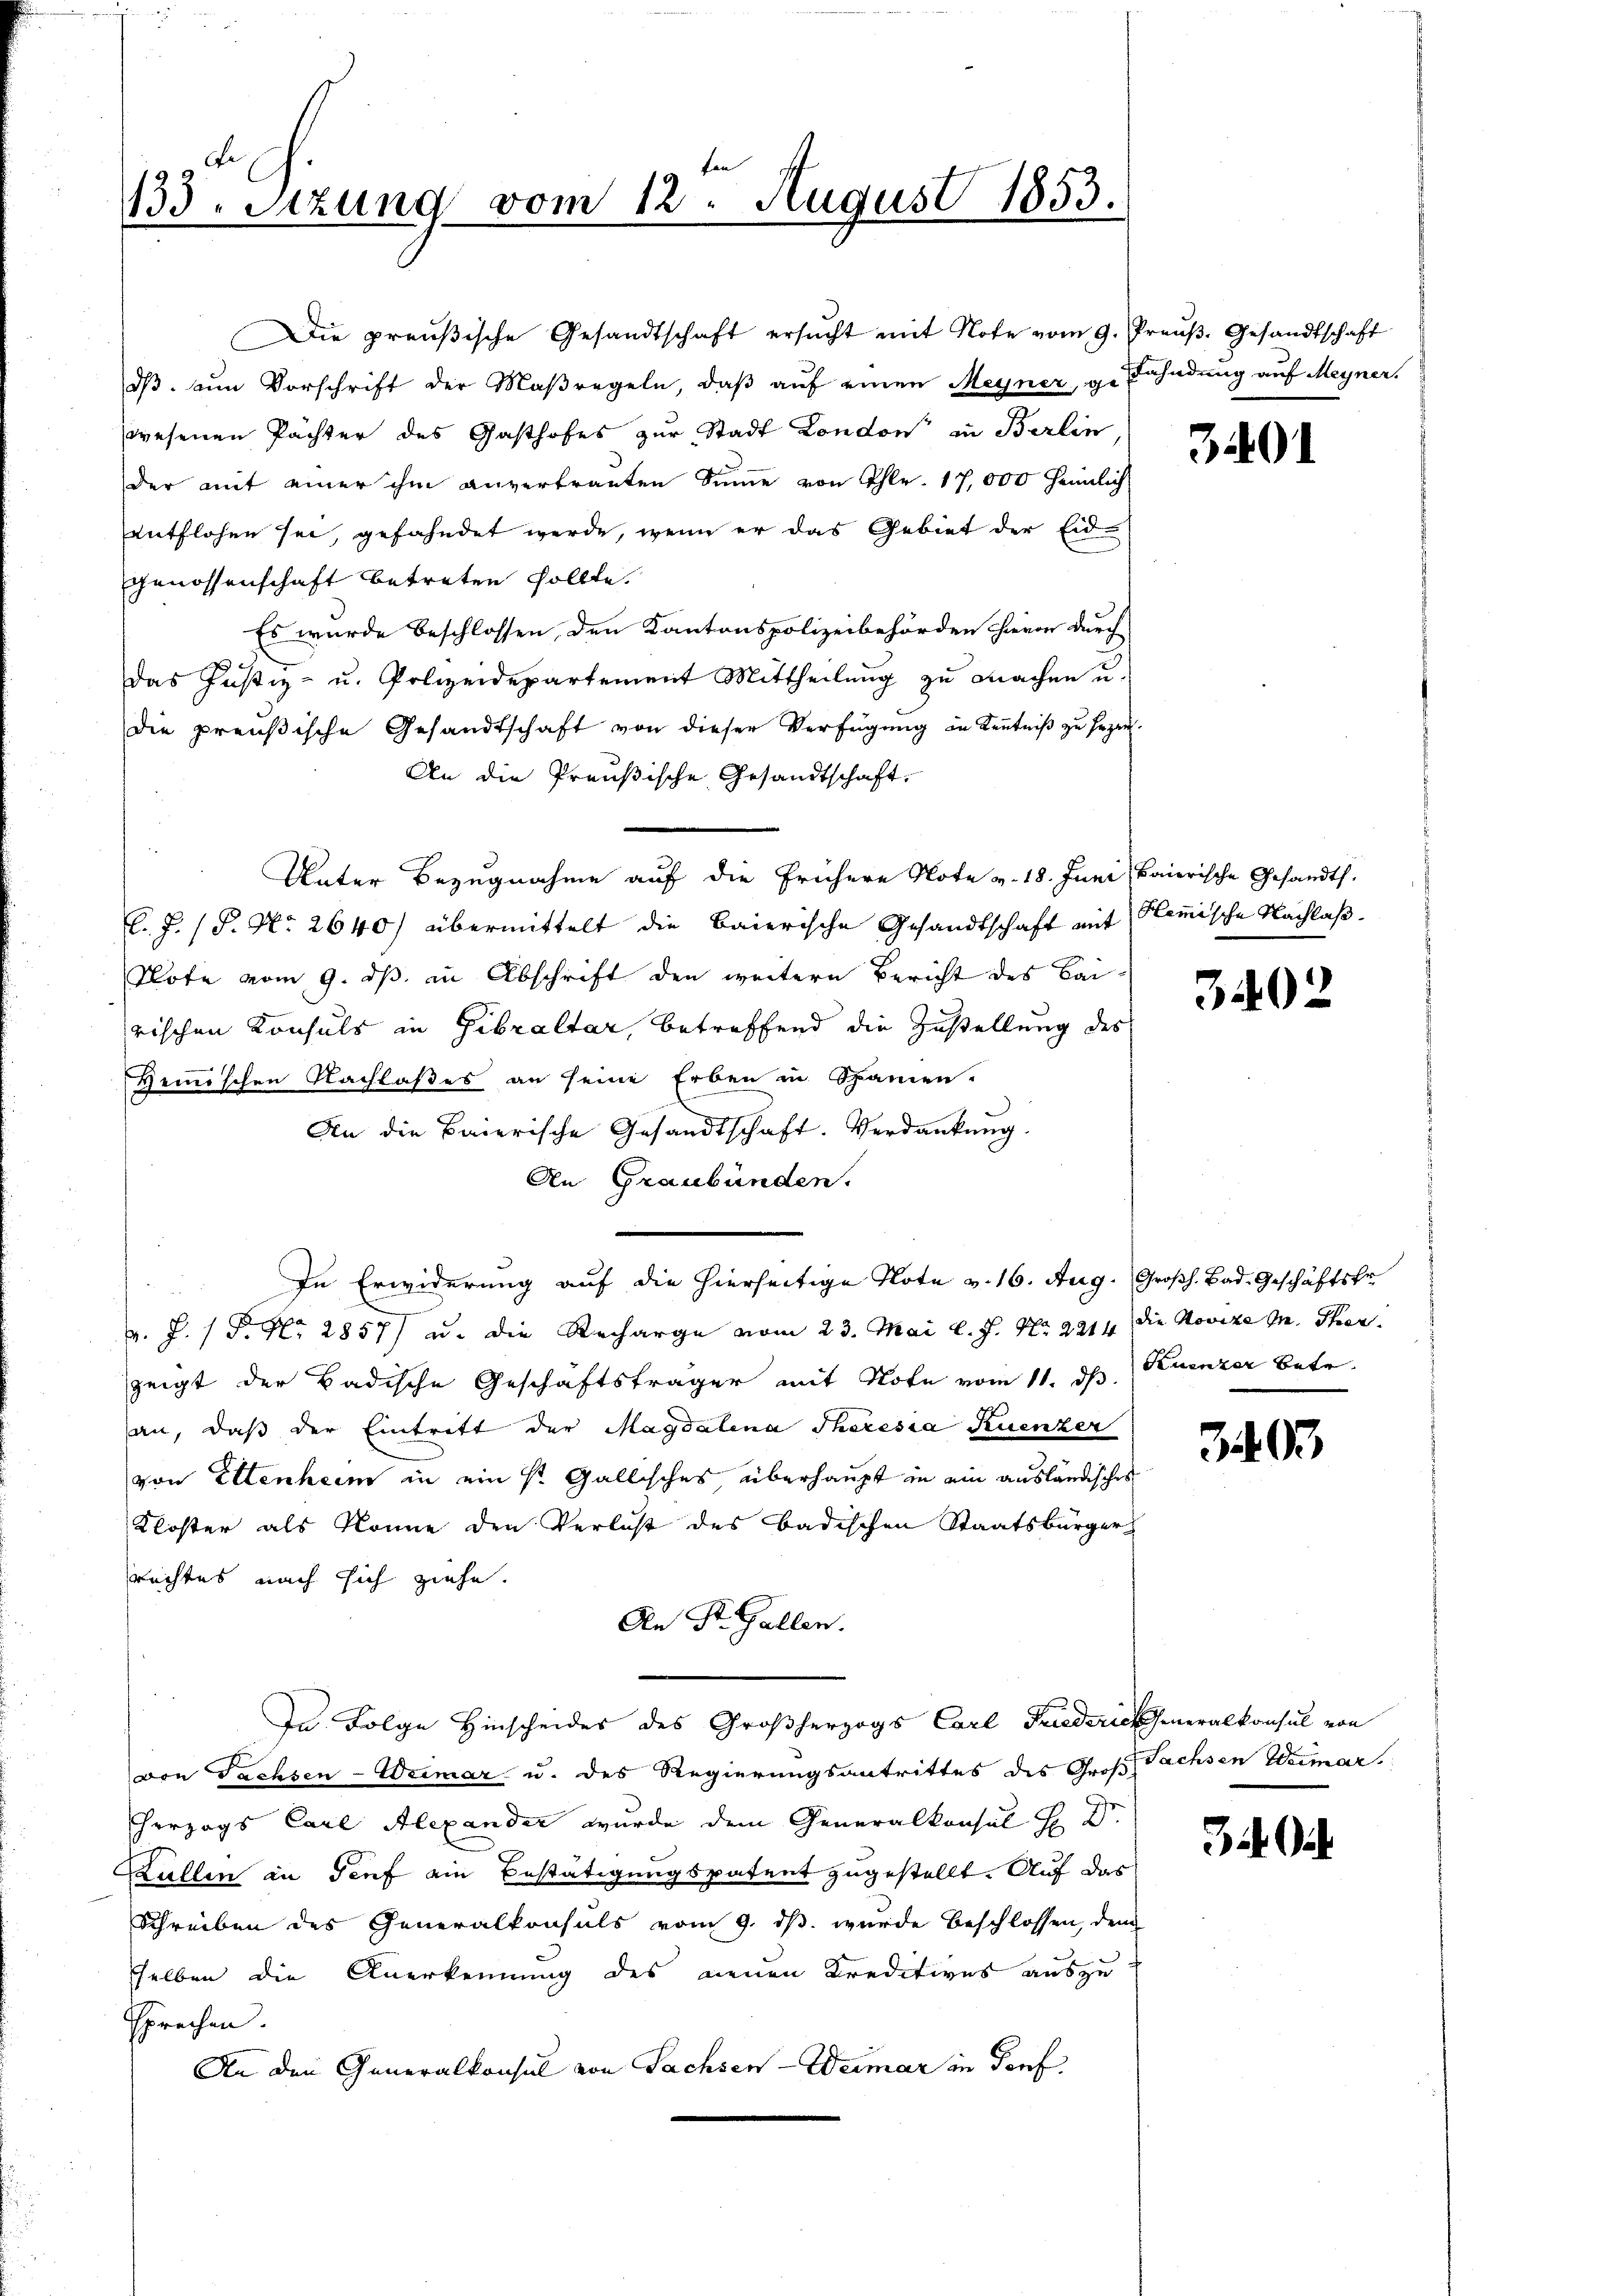
133. Sizung vom 12. August 1853.

Die preußische Gesandtschaft ersŭcht mit Note vom 9. Preŭβ. Gesandtschaft
dβ an Vorschrift der Maßregeln, daβ aŭf einen Meyner, g. Fahndung auf Meyner.
wesenen Pächter des Gasthofes zur Stadt London in Berlin
der mit einer ihm anvertrauten Sinne von Thlr. 17,000 heimlich
entflohen sei, gefahndet werde, wenn er das Gebiet der Eid-
Genossenschaft betreten sollte.
Es wurde beschlossen, den Kantonspolizeibehörden hievon durch
das Justiz- u. Polizeidepartement Mittheilŭng zu machen u.
die preußische Gesandtschaft von dieser Verfügŭng in Kenntniβ zŭ sezen.
An die Preußische Gesandtschaft,
Unter Bezugnahme auf die frühere Note v. 18. Juni Baierische Gesandts
l.J. (T. No. 2640) übermittelt die Baierische Gesandtschaft mit Hemische Nachlaß
Plote vom 9. ds. in Abschrift den weitere Bericht des Bairischen Konsuls in Gibraltar, betreffend die Zustellung des
Hemischen Nachlaßes an seine Erben in Spanien-
An die Baierische Gesandtschaft. Verdankung
An Graubünden.
In Erwiderung auf die hierseitige Note v. 16. Aug. Großh. Bad. Geschäftsfr
v. J. P. Nr. 2857) u. die Recharge vom 23. Mai l. J. Nr. 2214. die Novize Mn. Ther
zeigt der Badische Geschäftsträger mit Note vom 11. dh. Leuenzer betr.
an, daß der Eintritt der Magdalena Theresia Ruenzer
von Ettenheim in ein St. Gallisches überhaupt in ein ausländisches
Kloster als könne den Verlust des badischen Staatsbürger
rechtes nach sich ziehe.
An St. Gallen.
In Folge Hinscheides des Großherzogs Carl Friederich Generalkonsul von
von Fachsen-Weimar u. des Regierungsantrittes des Groß- Sachsen Weimar.
herzogs Carl Alexander wurde dem Generalkonsul H Dr.
ullen in Genf ein Bestätigungspatent zugestellt. Auf das
Schreiben des Generalkonsuls vom 9. ds. wurde beschlossen, dem
selben die Anerkennung des neuen Kreditives auszu
sprechen
An den Generalkonsul von Sachsen-Weimar in Dorf

301

3402

3403

22. d.